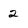
Character: 2